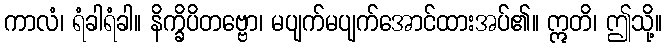
ကာလံ၊ ရံခါရံခါ။ နိက္ခိပိတဗ္ဗော၊ မပျက်မပျက်အောင်ထားအပ်၏။ ဣတိ၊ ဤသို့။